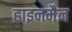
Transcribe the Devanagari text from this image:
हाइनमैन